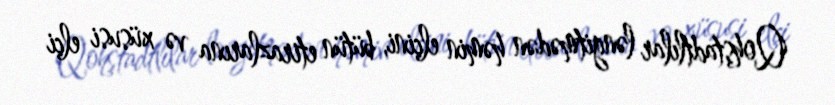
Qohştadtlılar ləngitmədən həmin elçini, bütün etirazlarına və xüsusi elçi